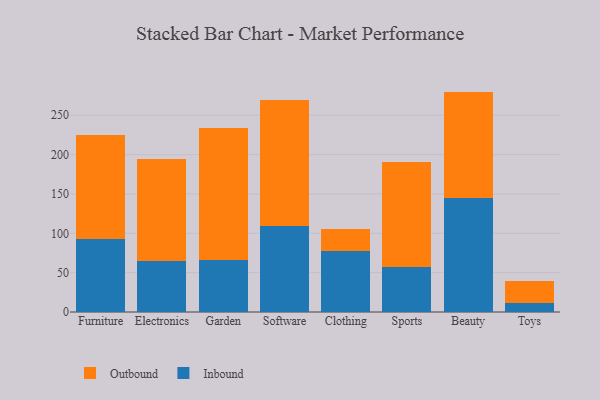
{"axis": {"x": "Category", "y": "Temperature (°C)"}, "legend": ["Inbound", "Outbound"], "data": [{"x": "Furniture", "y": 93.1, "type": "Inbound"}, {"x": "Furniture", "y": 132.1, "type": "Outbound"}, {"x": "Electronics", "y": 65.1, "type": "Inbound"}, {"x": "Electronics", "y": 129.7, "type": "Outbound"}, {"x": "Garden", "y": 66.4, "type": "Inbound"}, {"x": "Garden", "y": 167.1, "type": "Outbound"}, {"x": "Software", "y": 109.7, "type": "Inbound"}, {"x": "Software", "y": 160.1, "type": "Outbound"}, {"x": "Clothing", "y": 77.0, "type": "Inbound"}, {"x": "Clothing", "y": 28.5, "type": "Outbound"}, {"x": "Sports", "y": 56.6, "type": "Inbound"}, {"x": "Sports", "y": 134.4, "type": "Outbound"}, {"x": "Beauty", "y": 145.5, "type": "Inbound"}, {"x": "Beauty", "y": 134.6, "type": "Outbound"}, {"x": "Toys", "y": 11.5, "type": "Inbound"}, {"x": "Toys", "y": 27.5, "type": "Outbound"}]}